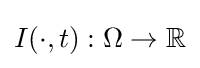
I(\cdot ,t):\Omega \rightarrow \mathbb {R}